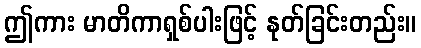
ဤကား မာတိကာရှစ်ပါးဖြင့် နုတ်ခြင်းတည်း။